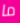
ما